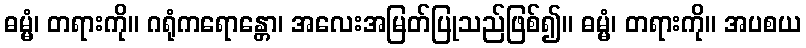
ဓမ္မံ၊ တရားကို။ ဂရုံကရောန္တော၊ အလေးအမြတ်ပြုသည်ဖြစ်၍။ ဓမ္မံ၊ တရားကို။ အပစယ